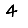
Digit: 4